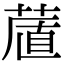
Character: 𦷔